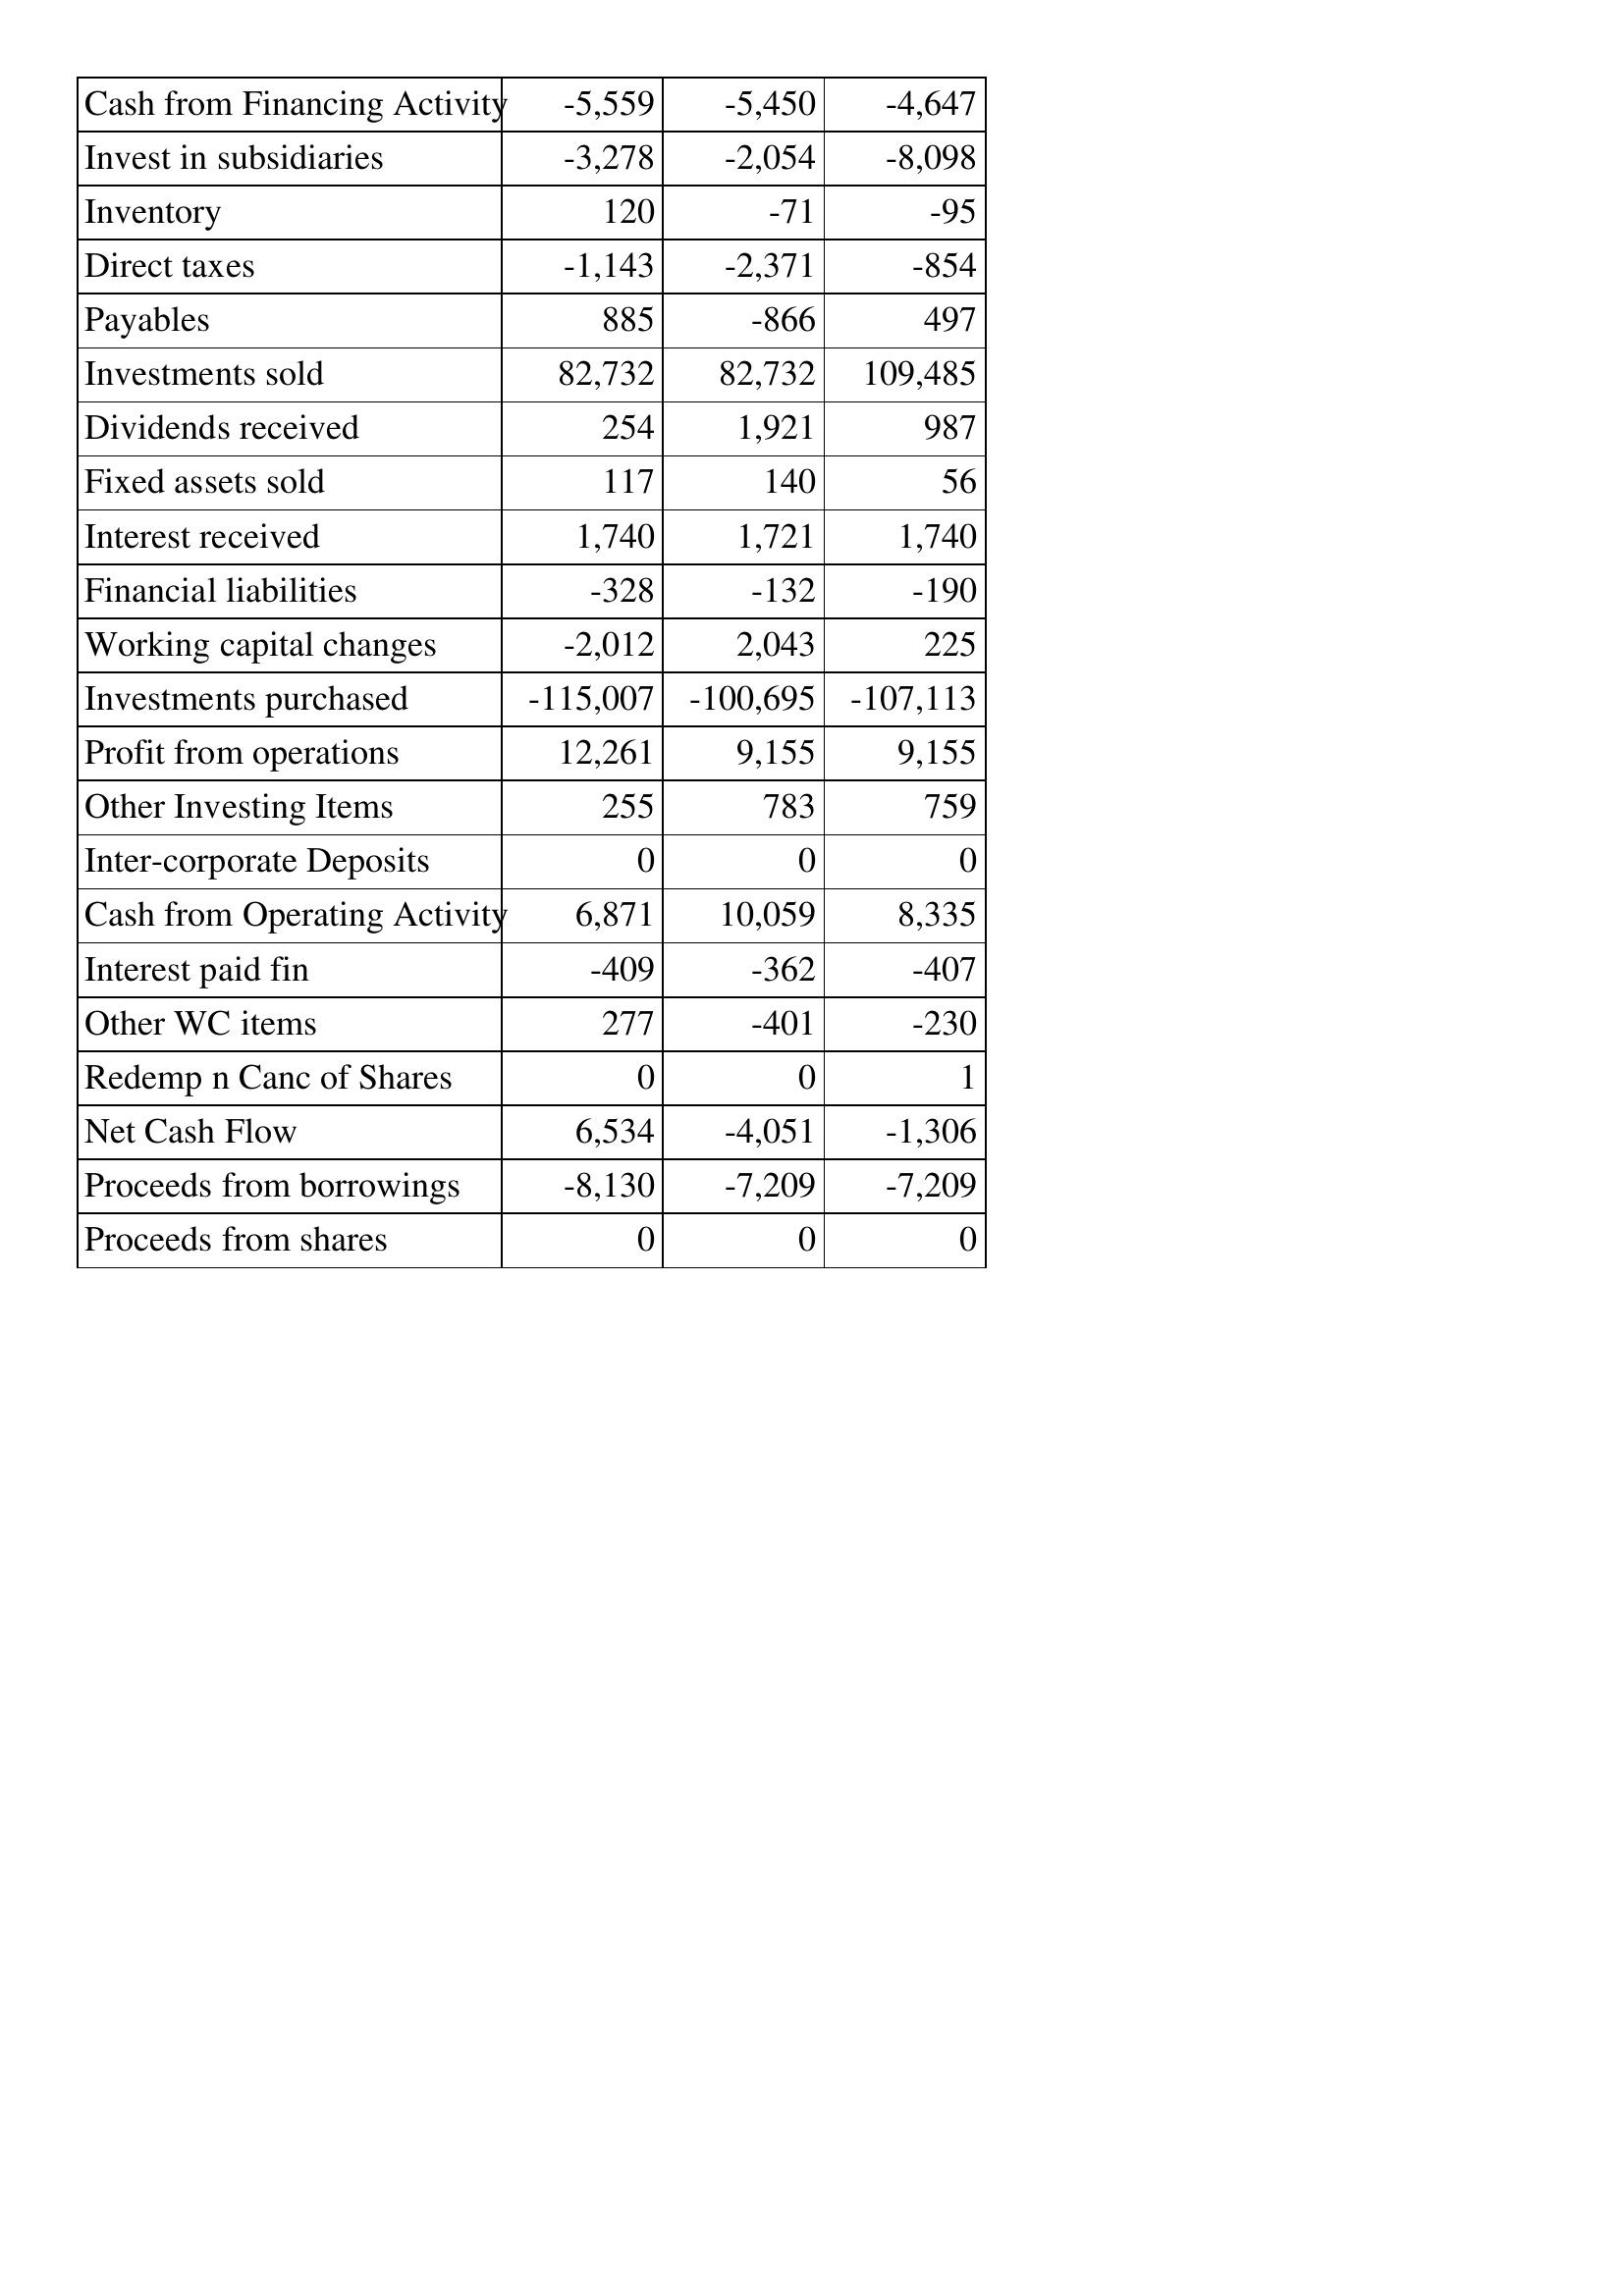
Mar-13: Cash Flows: Cash from Financing Activity: -5,559
Invest in subsidiaries: -3,278
Inventory: 120
Direct taxes: -1,143
Payables: 885
Investments sold: 82,732
Dividends received: 254
Fixed assets sold: 117
Interest received: 1,740
Financial liabilities: -328
Working capital changes: -2,012
Investments purchased: -115,007
Profit from operations: 12,261
Other Investing Items: 255
Inter-corporate Deposits: 0
Cash from Operating Activity: 6,871
Interest paid fin: -409
Other WC items: 277
Redemp n Canc of Shares: 0
Net Cash Flow: 6,534
Proceeds from borrowings: -8,130
Proceeds from shares: 0
Mar-12: Cash Flows: Cash from Financing Activity: -5,450
Invest in subsidiaries: -2,054
Inventory: -71
Direct taxes: -2,371
Payables: -866
Investments sold: 82,732
Dividends received: 1,921
Fixed assets sold: 140
Interest received: 1,721
Financial liabilities: -132
Working capital changes: 2,043
Investments purchased: -100,695
Profit from operations: 9,155
Other Investing Items: 783
Inter-corporate Deposits: 0
Cash from Operating Activity: 10,059
Interest paid fin: -362
Other WC items: -401
Redemp n Canc of Shares: 0
Net Cash Flow: -4,051
Proceeds from borrowings: -7,209
Proceeds from shares: 0
Mar-11: Cash Flows: Cash from Financing Activity: -4,647
Invest in subsidiaries: -8,098
Inventory: -95
Direct taxes: -854
Payables: 497
Investments sold: 109,485
Dividends received: 987
Fixed assets sold: 56
Interest received: 1,740
Financial liabilities: -190
Working capital changes: 225
Investments purchased: -107,113
Profit from operations: 9,155
Other Investing Items: 759
Inter-corporate Deposits: 0
Cash from Operating Activity: 8,335
Interest paid fin: -407
Other WC items: -230
Redemp n Canc of Shares: 1
Net Cash Flow: -1,306
Proceeds from borrowings: -7,209
Proceeds from shares: 0